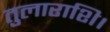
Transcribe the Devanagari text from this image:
तुलाराशि।